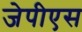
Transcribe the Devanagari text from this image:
जेपीएस